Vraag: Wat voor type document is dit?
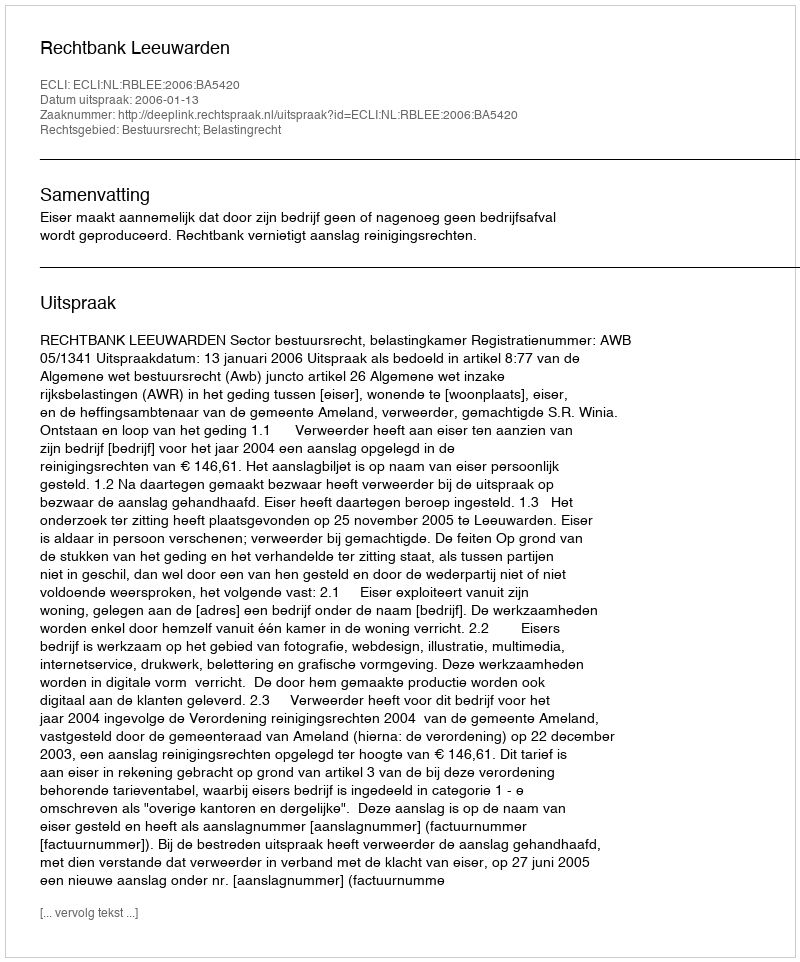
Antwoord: Uitspraak